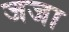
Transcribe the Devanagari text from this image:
जजा